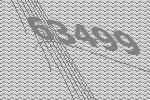
63499